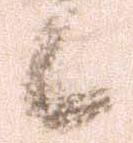
候